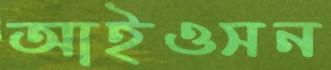
আইওসন